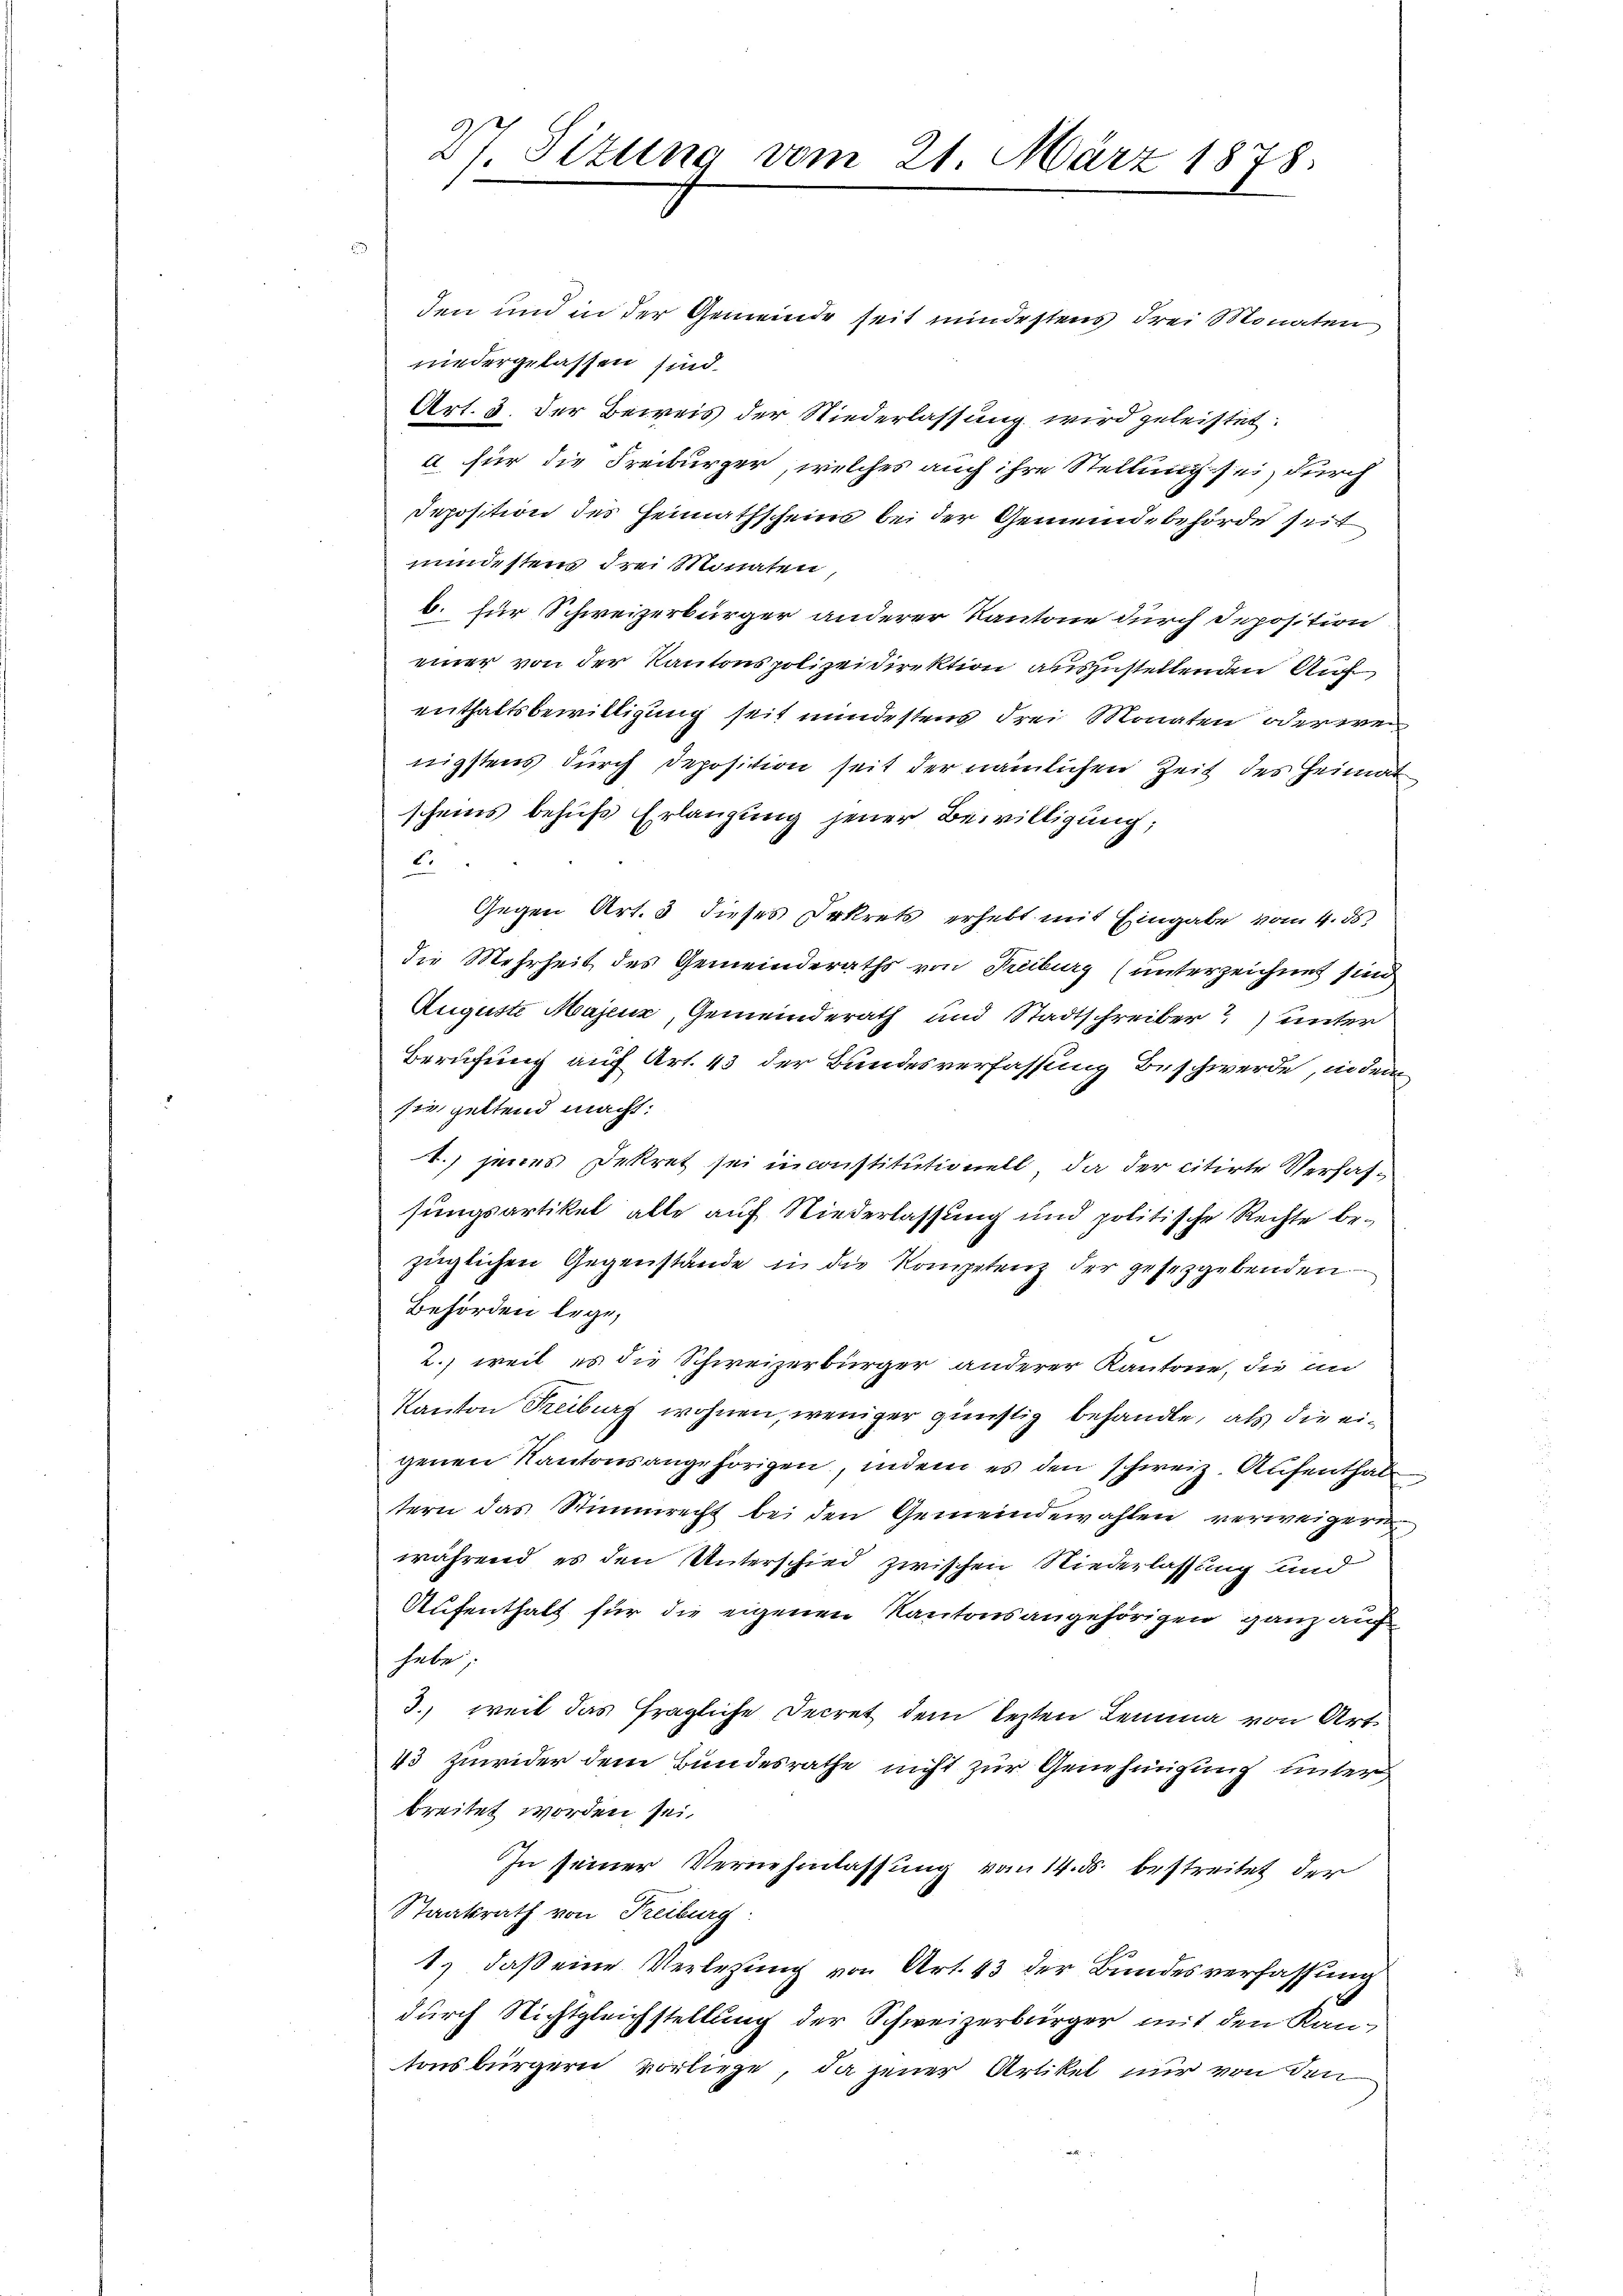
27. Sizung vom 21. März 1878.

den und in der Gemeinde seit mindestens drei Monaten
niedergelassen sind.
Art. 3. der Beweis der Niederlassung wird geleistet.
a für die Freiburger, welches auch ihre Stellung sei, durch
Deposition des Heimathscheins bei der Gemeindebehörde seit
mindestens drei Monaten
b. für Schweizerbürger anderer Kantone durch Deposition
einer von der Kantonspolizeidirektion auszustellenden Auf
enthaltsbewilligung seit mindestens drei Monaten oder weinigstens durch Deposition seit der nämlichen Zeit des Heimat
scheins behufs Erlangung jener Bewilligung;
6.
Gegen Art. 3 dieses Dekrets erhebt mit Eingabe vom 4. ds.
die Mehrheit des Gemeinderaths von Freiburg (unterzeichnet sind
Auguste Majenz, Gemeinderath und Stadtschreiber) unter
Berufung auf Art. 43 der Bundesverfassung Beschwerde, indem
sie, geltend macht:
1.) jenes Dekret sei in constitutionell, da der citirte Versassungsartikel alle auf Niederlassung und politische Rechte bezüglichen Gegenstände in die Kompetenz der gesetzgebenden
Behörden lege,
2., weil es die Schweizerbürger anderer Kantone, die an
Kanton Freiburg wohnen, weniger günstig behandle, als die eigenen Kantonsangehörigen, indem es den schweiz. Aufenthale
tern das Stimmrecht bei den Gemeindewahlen verweigern
während es den Unterschied zwischen Niederlassung und
Aufenthalt für die eigenen Kantonsangehörigen ganz auch
habe;
3. weil das fragliche Secret dem lezten Lemma von Art.
43 Zuwider dem Bundesrathe nicht zur Genehmigung unter
breitet worden sei.
In seiner Vernehmlassung vom 14. ds. bestreitet der
Staatsrath von Freiburg:
1.) daß eine Verlegung von Art. 43 der Bundesverfassung
durch Nichtgleichstellung der Schweizerbürger mit den Kantonsbürgern vorliege, da jener Artikel nur von den